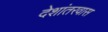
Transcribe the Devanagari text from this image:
देशांतरवास